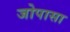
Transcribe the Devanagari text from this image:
जोपासा